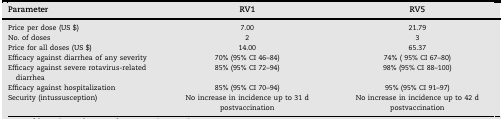
<table><thead><tr><td><b>Parameter</b></td><td><b>RV1</b></td><td><b>RV5</b></td></tr></thead><tbody><tr><td>Price per dose (US $)</td><td>7.00</td><td>21.79</td></tr><tr><td>No. of doses</td><td>2</td><td>3</td></tr><tr><td>Price for all doses (US $)</td><td>14.00</td><td>65.37</td></tr><tr><td>Efficacy against diarrhea of any severity</td><td>70% (95% CI 46–84)</td><td>74% ( 95% CI 67–80)</td></tr><tr><td>Efficacy against severe rotavirus-related diarrhea</td><td>85% (95% CI 72–94)</td><td>98% (95% CI 88–100)</td></tr><tr><td>Efficacy against hospitalization</td><td>85% (95% CI 70–94)</td><td>95% (95% CI 91–97)</td></tr><tr><td>Security (intussusception)</td><td>No increase in incidence up to 31 d postvaccination</td><td>No increase in incidence up to 42 d postvaccination</td></tr></tbody></table>